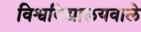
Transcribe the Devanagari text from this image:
विश्वविद्यालयवाले